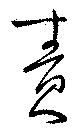
責